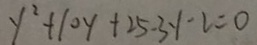
y ^ { 2 } + 1 0 y + 2 5 - 3 y - 2 = 0